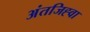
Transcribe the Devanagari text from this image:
अंतजिह्वा